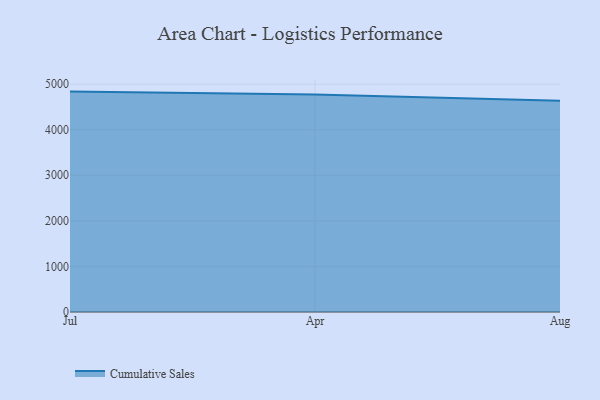
{"axis": {"x": "Month", "y": "Net Income (USD K)"}, "legend": ["Cumulative Sales"], "data": [{"x": "Jul", "y": 4835.7, "type": "Cumulative Sales"}, {"x": "Apr", "y": 4771.2, "type": "Cumulative Sales"}, {"x": "Aug", "y": 4634.7, "type": "Cumulative Sales"}]}